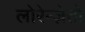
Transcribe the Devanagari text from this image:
लोरेन्ज़ेत्तो